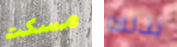
مسكت بذلك